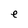
Character: e